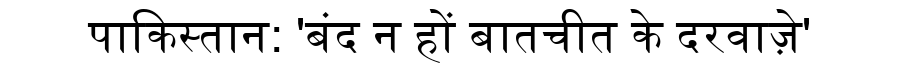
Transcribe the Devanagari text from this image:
पाकिस्तान: 'बंद न हों बातचीत के दरवाज़े'